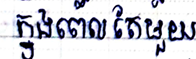
ក្នុងពេលតែមួយ